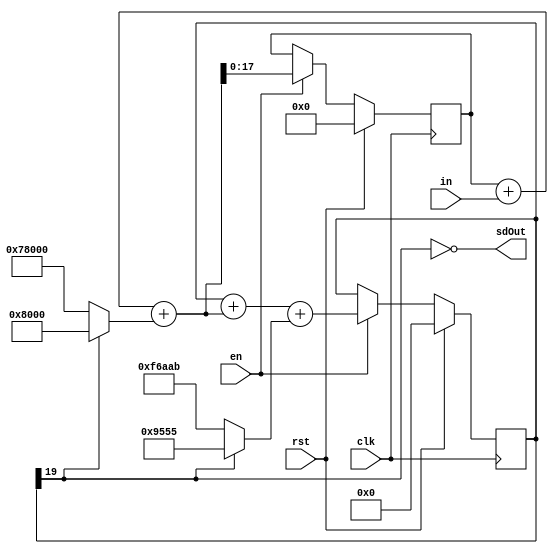
module SigmaDelta2ndOrder #(
    parameter WIDTH  = 16,      ///< Input width
    parameter GAIN   = 7.0/6.0, ///< Gain parameter
    parameter GROWTH = 2,       ///< Growth bits on accumulators
    parameter CLAMP  = 0        ///< Clamp accumulators
) 
(
    input clk,
    input rst,
    input en,
    input signed [WIDTH-1:0] in,
    output sdOut
);

// For 2nd order sigma-delta modulators, signal to noise ratio (SNR) must be
// balanced against stability.  Choosing a GAIN of one would theoretically
// maximize SNR, but the feedback loop would be completely unstable. A GAIN of
// 1.16 has been found to be the best trade-off for this particular type of
// sigma-delta.  See [1]. Specifically, page 2330, gamma=2.33, scaled to 1.16 in
// our design. Be wary: I had to rearrange the order such that the scaled value
// was applied to the first integrator instead of the second, so this result may
// not 100% match the theory in the paper, and this still represents a tradeoff. 
// If you really need to squeeze out that extra 1 dB of performance, consider 
// tuning your own sigma-delta modulator, and use a higher order loop.
//
// [1] S. Hein and A. Zakhor, "On the stability of sigma delta modulators," IEEE
//     Trans Signal Proc., vol. 41, no. 7, pp. 2322-2348, July 1993. 
localparam integer GAIN1 = 2.0**(WIDTH-1);
localparam integer GAIN2 = 2.0**(WIDTH-1)*GAIN;
localparam ACC1_WIDTH = WIDTH+GROWTH;
localparam ACC2_WIDTH = WIDTH+2*GROWTH;

reg signed [ACC1_WIDTH-1:0] acc1;
reg signed [ACC2_WIDTH-1:0] acc2;

wire signed [ACC1_WIDTH:0] acc1Calc;
wire signed [ACC2_WIDTH:0] acc2Calc;

assign acc1Calc = acc1 + in       + $signed(acc2[ACC2_WIDTH-1] ? GAIN1 : -GAIN1);
assign acc2Calc = acc2 + acc1Calc + $signed(acc2[ACC2_WIDTH-1] ? GAIN2 : -GAIN2);

initial begin
    acc1 = 'd0;
    acc2 = 'd0;
end

always @(posedge clk) begin
    if (rst) begin
        acc1 <= 'd0;
        acc2 <= 'd0;
    end else if (en) begin
        if (CLAMP) begin
            acc1 <= (^acc1Calc[ACC1_WIDTH-:2]) ? {acc1Calc[ACC1_WIDTH], {(ACC1_WIDTH-1){acc1Calc[ACC1_WIDTH-1]}}}
                                               : acc1Calc;
            acc2 <= (^acc2Calc[ACC2_WIDTH-:2]) ? {acc2Calc[ACC2_WIDTH], {(ACC2_WIDTH-1){acc2Calc[ACC2_WIDTH-1]}}}
                                               : acc2Calc;
        end
        else begin
            acc1 <= acc1Calc;
            acc2 <= acc2Calc;
        end
    end
end

// Use the sign bit as the output
assign sdOut = ~acc2[WIDTH+2*GROWTH-1];

endmodule